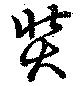
奘